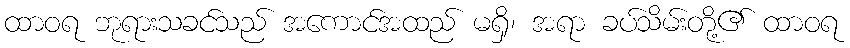
ထာဝရ ဘုရားသခင်သည် အကောင်အထည် မရှိ၊ အရာ ခပ်သိမ်းတို့၏ ထာဝရ